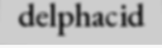
delphacid